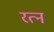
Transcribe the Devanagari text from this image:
रत्‍न